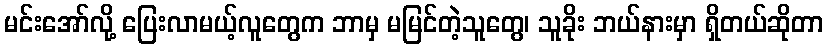
မင်းအော်လို့ ပြေးလာမယ့်လူတွေက ဘာမှ မမြင်တဲ့သူတွေ၊ သူခိုး ဘယ်နားမှာ ရှိတယ်ဆိုတာ